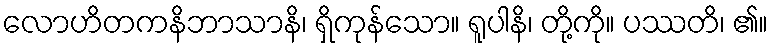
လောဟိတကနိဘာသာနိ၊ ရှိကုန်သော။ ရူပါနိ၊ တို့ကို။ ပဿတိ၊ ၏။